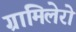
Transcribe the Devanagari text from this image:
ग्रामिलेरो